Lunatic asylums Bombay report 1878-1890 - 1878-1890
Year: 1878
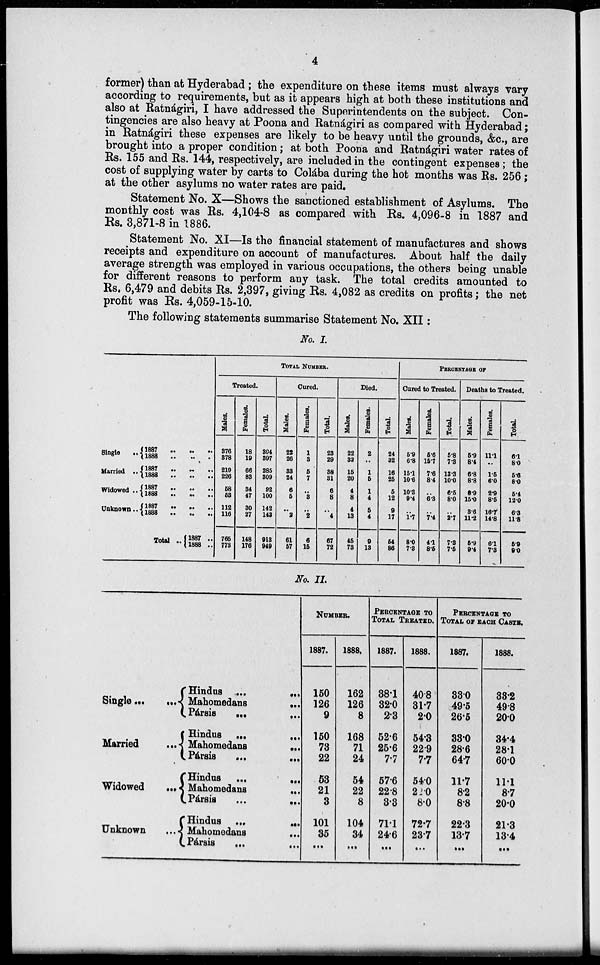
4
former) than at Hyderabad ; the expenditure on these items must always vary
according to requirements, but as it appears high at both these institutions and
also at Ratnágiri, I have addressed the Superintendents on the subject. Con-
tingencies are also heavy at Poona and Ratnágiri as compared with Hyderabad;
in Ratnágiri these expenses are likely to be heavy until the grounds, &c., are
brought into a proper condition; at both Poona and Ratnágiri water rates of
Rs. 155 and Rs. 144, respectively, are included in the contingent expenses; the
cost of supplying water by carts to Colába during the hot months was Rs. 256 ;
at the other asylums no water rates are paid.
Statement No. X—Shows the sanctioned establishment of Asylums. The
monthly cost was Rs. 4,104-8 as compared with Rs. 4,096-8 in 1887 and
Rs. 3,871-8 in 1886.
Statement No. XI—Is the financial statement of manufactures and shows
receipts and expenditure on account of manufactures. About half the daily
average strength was employed in various occupations, the others being unable
for different reasons to perform any task. The total credits amounted to
Rs. 6,479 and debits Rs. 2,397, giving Rs. 4,082 as credits on profits ; the net
profit was Rs. 4,059-15-10.
The following statements summarise Statement No. XII:
No. I.
Single
..
Married ..
Widowed..
Unknown..
Total ..
1887 .. .. ..
1888
..
..
..
1887 .. .. ..
1888 .. .. ..
1887 .. .. ..
1888 .. .. ..
1887
..
..
..
1888 .. .. ..
1887 .. .. ..
1888 .. .. ..
TOTAL NUMBER.
Treated.
Males.
376
178
219
226
58
53
112
116
765
773
Females.
18
19
66
83
34
47
30
27
148
176
Total.
394
397
285
309
92
100
142
143
913
949
Cared.
Males.
22
26
33
24
6
5
..
2
61
57
Females.
1
3
5
7
..
3
..
2
6
16
Total.
23
29
38
31
6
8
..
4
67
72
Died.
Males.
22
32
15
20
4
8
4
13
45
73
Females.
2
..
1
6
1
4
5
4
9
13
Total.
24
32
16
26
5
12
9
17
54
86
PERCENTAGE OF
Cured to Treated.
Males.
5.9
6.8
15.1
10.6
10.3
9.4
..
1.7
8.0
7.8
Females.
5.6
15.7
7.6
8.4
..
6.3
..
7.4
4.1
8.5
Total.
5.8
7.3
13.3
10.0
6.5
8.0
..
2.7
7.3
7.5
Deaths to Treated.
Males.
5.9
8.4
6.8
8.8
6.9
15.0
8.6
11.2
5.9
9.4
Females.
11.1
..
1.5
6.0
2.9
8.5
16.7
14.8
6.1
7.3
Total
6.1
8.0
5.6
8.0
5.4
12.0
6.3
11.8
5.9
9.0
No. II.
Single... ...
Married ...
Widowed ...
Unknown ...
Hindus ...
...
Mahomedans
...
Pársis
...
...
Hindus ...
...
Mahomedans
...
Pársis
...
...
Hindus ...
...
Mahomedans
...
Pársis
...
...
Hindus ...
...
Mahomedans ...
Párais ...
NUMBER.
1887.
150
126
9
150
73
22
53
21
3
101
35
...
1888.
162
126
8
168
71
24
54
22
8
104
34
...
PERCENTAGE TO
TOTAL TREATED.
1887.
38.1
32.0
2.3
52.6
25.6
7.7
57.6
22.8
3.3
71.1
24.6
...
1888.
40.8
31.7
2.0
54.3
22.9
7.7
54.0
22.0
8.0
72.7
23.7
...
PERCENTAGE TO
TOTAL OF EACH CASTE.
1887.
33.0
49.5
26.5
33.0
28.6
64.7
11.7
8.2
8.8
22.3
13.7
...
1888.
33.2
49.8
20.0
34.4
28.1
60.0
11.1
8.7
20.0
21.3
13.4
...